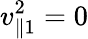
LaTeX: v_{\parallel 1}^{2}=0